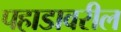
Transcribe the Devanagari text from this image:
पहाडावरील